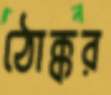
ঠোক্কর